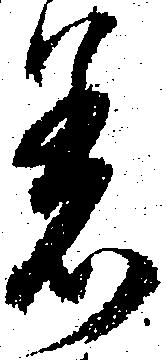
着